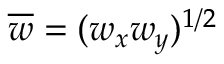
\overline { { w } } = ( w _ { x } w _ { y } ) ^ { 1 / 2 }